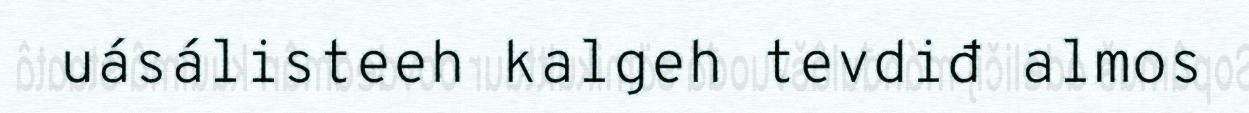
uásálisteeh kalgeh tevdiđ almos